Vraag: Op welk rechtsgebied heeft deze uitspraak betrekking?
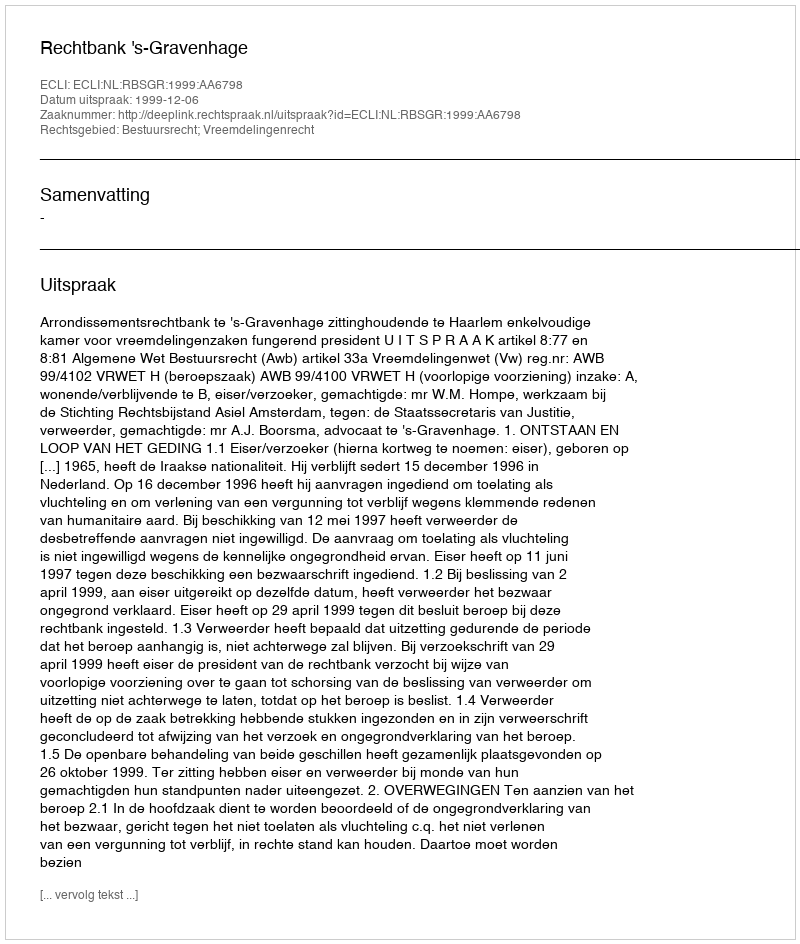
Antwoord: Bestuursrecht; Vreemdelingenrecht